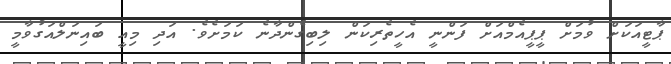
ޕާޓީއަކަށް ވުމަށް ޕީޕީއެމްއަށް ފަންނީ އެހީތެރިކަން ލިބިގެންދާނެ ކަމަށެވެ. އަދި މިއީ ބައިނަލްއަގުވާމީ